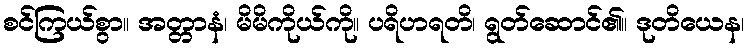
စင်ကြယ်စွာ။ အတ္တာနံ၊ မိမိကိုယ်ကို။ ပရိဟရတိ၊ ရွတ်ဆောင်၏။ ဒုတိယေန၊